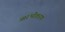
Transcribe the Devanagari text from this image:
आरंभीकरण